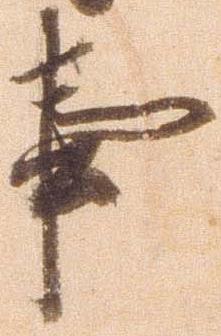
事